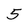
Character: 5